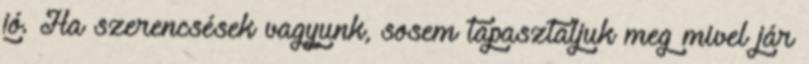
jó. Ha szerencsések vagyunk, sosem tapasztaljuk meg mivel jár